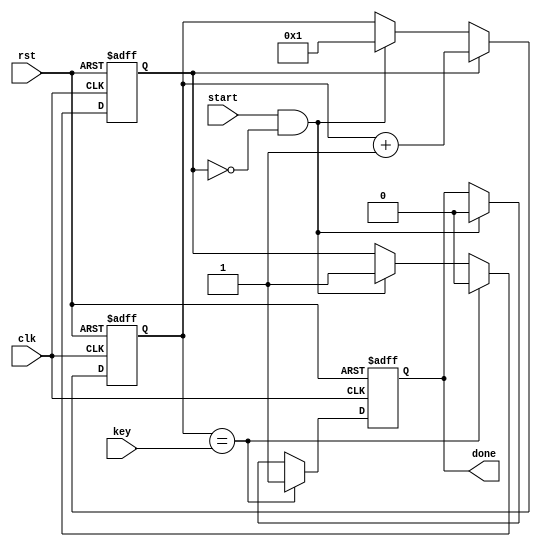
`timescale 1ns / 1ps

module counter_ctrl(
    input clk,
    input rst,
    input start,
	 input [5:0] key,
    output reg done
    );
	reg [5:0] count_val;
	reg counting; // Indicates operation is on-going
	
	always @(posedge clk, posedge rst) begin
		if(rst) begin
			count_val <= 0;
			done <= 0;
			counting <= 0;
		end
		else begin
			// Parallel logic
			if(start && !counting) begin
				counting <= 1;
				done <= 0;
				count_val <= 1;
			end
			
			if(counting) begin
				count_val <= count_val + 6'd1;
			end
			
			if(count_val == key) begin
				done <= 1;
				counting <= 0;
			end
		end
	end

endmodule